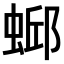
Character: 𫋄